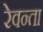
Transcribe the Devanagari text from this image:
रेवन्ता